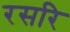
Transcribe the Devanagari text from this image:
रसरि